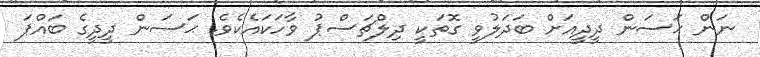
ނަން ޙަސަން ދީދީއަށް ބަދަލުވީ ގޮތަކީ ދިލްޗަސްޕު ވާހަކައެކެވެ. ޙަސަން ދީދީގެ ބައްޕަ